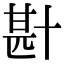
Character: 卙